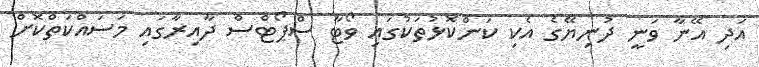
އަދި އޭނާ ވަނީ ދުނިޔޭގެ އެކި ކަންކޮޅުތަކުގައި ވޯޓާ ސްޕޯޓްސް ދާއިރާގައި މަސައްކަތްކޮށް